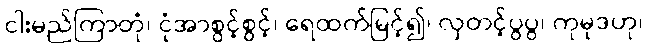
ငါးမည်ကြာတုံ၊ ငုံအာစွင့်စွင့်၊ ရေထက်မြင့်၍၊ လှတင့်ပွပွ၊ ကုမုဒဟု၊